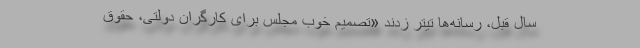
سال قبل، رسانه‌ها تیتر زدند «تصمیم خوب مجلس برای کارگران دولتی، حقوق